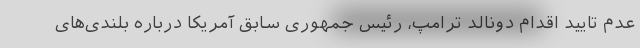
عدم تایید اقدام دونالد ترامپ، رئیس جمهوری سابق آمریکا درباره بلندی‌های